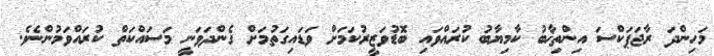
މަހިންދަ ރާޖަޕަކްސަ އިންތިޚާބު ކާމިޔާބު ކުރައްވައި ބޮޑުވަޒީރުކަމަށް ވަޑައިގަތުމަށް ގެންދަވަނީ މަސައްކަތް ކުރައްވަމުންނެވެ.